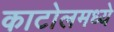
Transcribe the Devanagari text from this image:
काटोलमध्ये